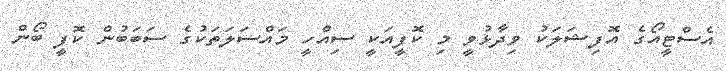
އެސްޓީއޯގެ އޮފިޝަލަކު ވިދާޅުވީ މި ކޮފީއަކީ ސިއްހީ މައްސަލަތަކުގެ ސަބަބުން ކޮފީ ބޯން